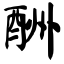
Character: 酬